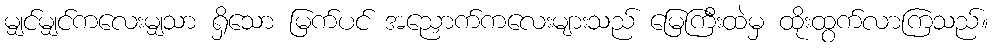
မျှင်မျှင်ကလေးမျှသာ ရှိသော မြက်ပင် အညှောက်ကလေးများသည် မြေကြီးထဲမှ ထိုးထွက်လာကြသည်။